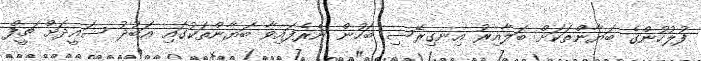
ފުލުހުންގެ ބަޔާންތަަކަށް ބަލާއިރު އިނގިރޭސި ބަހުން ނެރެފައިވާ ބަޔާންތަކުގައި އަބުދު ސައީދަށް ޗީފް